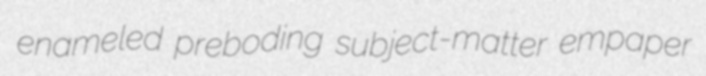
enameled preboding subject-matter empaper